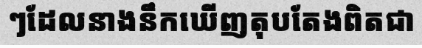
ៗដែលនាងនឹកឃើញតុបតែងពិតជា